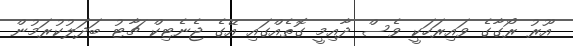
އޫރު ރޯގާގެ ވައިރަހަކީ ވެސް ދާއިމީ ގޮތެއްގައި އޭގެ ޖެނެޓިކް ޗާޓު ބަދަލުކުރަމުން